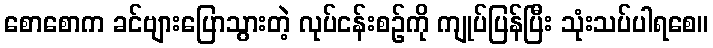
စောစောက ခင်ဗျားပြောသွားတဲ့ လုပ်ငန်းစဉ်ကို ကျုပ်ပြန်ပြီး သုံးသပ်ပါရစေ။